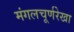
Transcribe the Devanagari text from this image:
मंगलचूर्णरेखा